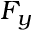
F _ { y }